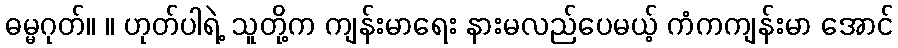
ဓမ္မဂုတ်။ ။ ဟုတ်ပါရဲ့ သူတို့က ကျန်းမာရေး နားမလည်ပေမယ့် ကံကကျန်းမာ အောင်